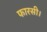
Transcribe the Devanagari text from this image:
फारसी।